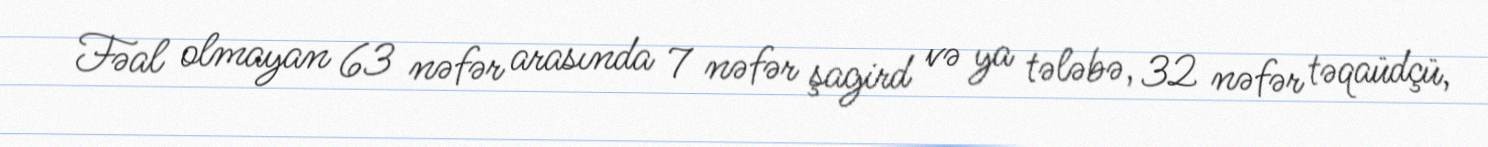
Fəal olmayan 63 nəfər arasında 7 nəfər şagird və ya tələbə, 32 nəfər təqaüdçü,